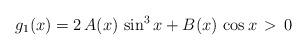
LaTeX: \begin{align*}g_{1}(x)=2\, A(x)\, \sin^{3}{x} + B(x) \,\cos{x} \, > \, 0\end{align*}